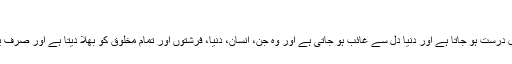
تفکر ( غوروفکر)
* صحیح غور و فکر کرنے سے توکل درست ہو جاتا ہے اور دنیا دل سے غائب ہو جاتی ہے اور وہ جن، انسان، دنیا، فرشتوں اور تمام مخلوق کو بھلا دیتا ہے اور صرف یاد اور ذ کرِ اللہ میں مشغول رہتا ہے۔